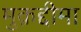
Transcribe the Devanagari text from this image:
मुक़द्दीमा